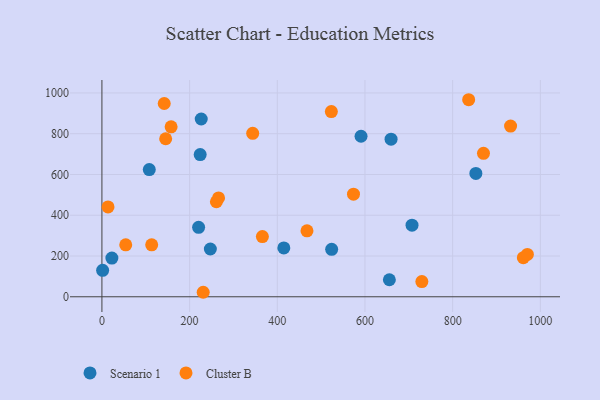
{"axis": {"x": "Speed", "y": "Rating"}, "legend": ["Cluster B", "Scenario 1"], "data": [{"x": "591.0", "y": 787.6, "type": "Scenario 1"}, {"x": "659.5", "y": 773.4, "type": "Scenario 1"}, {"x": "1.6", "y": 129.9, "type": "Scenario 1"}, {"x": "22.7", "y": 190.0, "type": "Scenario 1"}, {"x": "852.9", "y": 605.3, "type": "Scenario 1"}, {"x": "224.1", "y": 697.6, "type": "Scenario 1"}, {"x": "220.5", "y": 340.7, "type": "Scenario 1"}, {"x": "247.3", "y": 234.5, "type": "Scenario 1"}, {"x": "655.6", "y": 83.6, "type": "Scenario 1"}, {"x": "524.0", "y": 232.7, "type": "Scenario 1"}, {"x": "707.3", "y": 351.5, "type": "Scenario 1"}, {"x": "414.9", "y": 239.9, "type": "Scenario 1"}, {"x": "108.0", "y": 623.8, "type": "Scenario 1"}, {"x": "226.5", "y": 872.1, "type": "Scenario 1"}, {"x": "157.8", "y": 833.7, "type": "Cluster B"}, {"x": "366.0", "y": 295.5, "type": "Cluster B"}, {"x": "145.4", "y": 775.2, "type": "Cluster B"}, {"x": "729.7", "y": 74.5, "type": "Cluster B"}, {"x": "961.2", "y": 191.8, "type": "Cluster B"}, {"x": "54.3", "y": 254.7, "type": "Cluster B"}, {"x": "836.5", "y": 966.7, "type": "Cluster B"}, {"x": "523.3", "y": 908.6, "type": "Cluster B"}, {"x": "970.4", "y": 207.9, "type": "Cluster B"}, {"x": "266.0", "y": 485.1, "type": "Cluster B"}, {"x": "113.5", "y": 254.9, "type": "Cluster B"}, {"x": "142.1", "y": 948.1, "type": "Cluster B"}, {"x": "467.7", "y": 323.8, "type": "Cluster B"}, {"x": "231.0", "y": 22.1, "type": "Cluster B"}, {"x": "261.1", "y": 466.3, "type": "Cluster B"}, {"x": "573.8", "y": 503.4, "type": "Cluster B"}, {"x": "932.1", "y": 837.3, "type": "Cluster B"}, {"x": "343.9", "y": 802.1, "type": "Cluster B"}, {"x": "13.9", "y": 440.7, "type": "Cluster B"}, {"x": "870.3", "y": 703.8, "type": "Cluster B"}]}